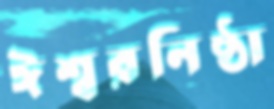
ঈশ্বরনিষ্ঠা